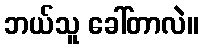
ဘယ်သူ ခေါ်တာလဲ။